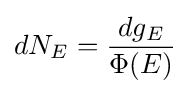
dN_{E}={\frac {dg_{E}}{\Phi (E)}}